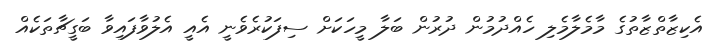
އެކިޒާތްޒާތުގެ މާމެލާމެލި ހެއްދުމުން ދުރުން ބަލާ މީހަކަށް ސިފަކުރެވެނީ އެއީ އެލުވާފައިވާ ބަގީޗާތަކެއް